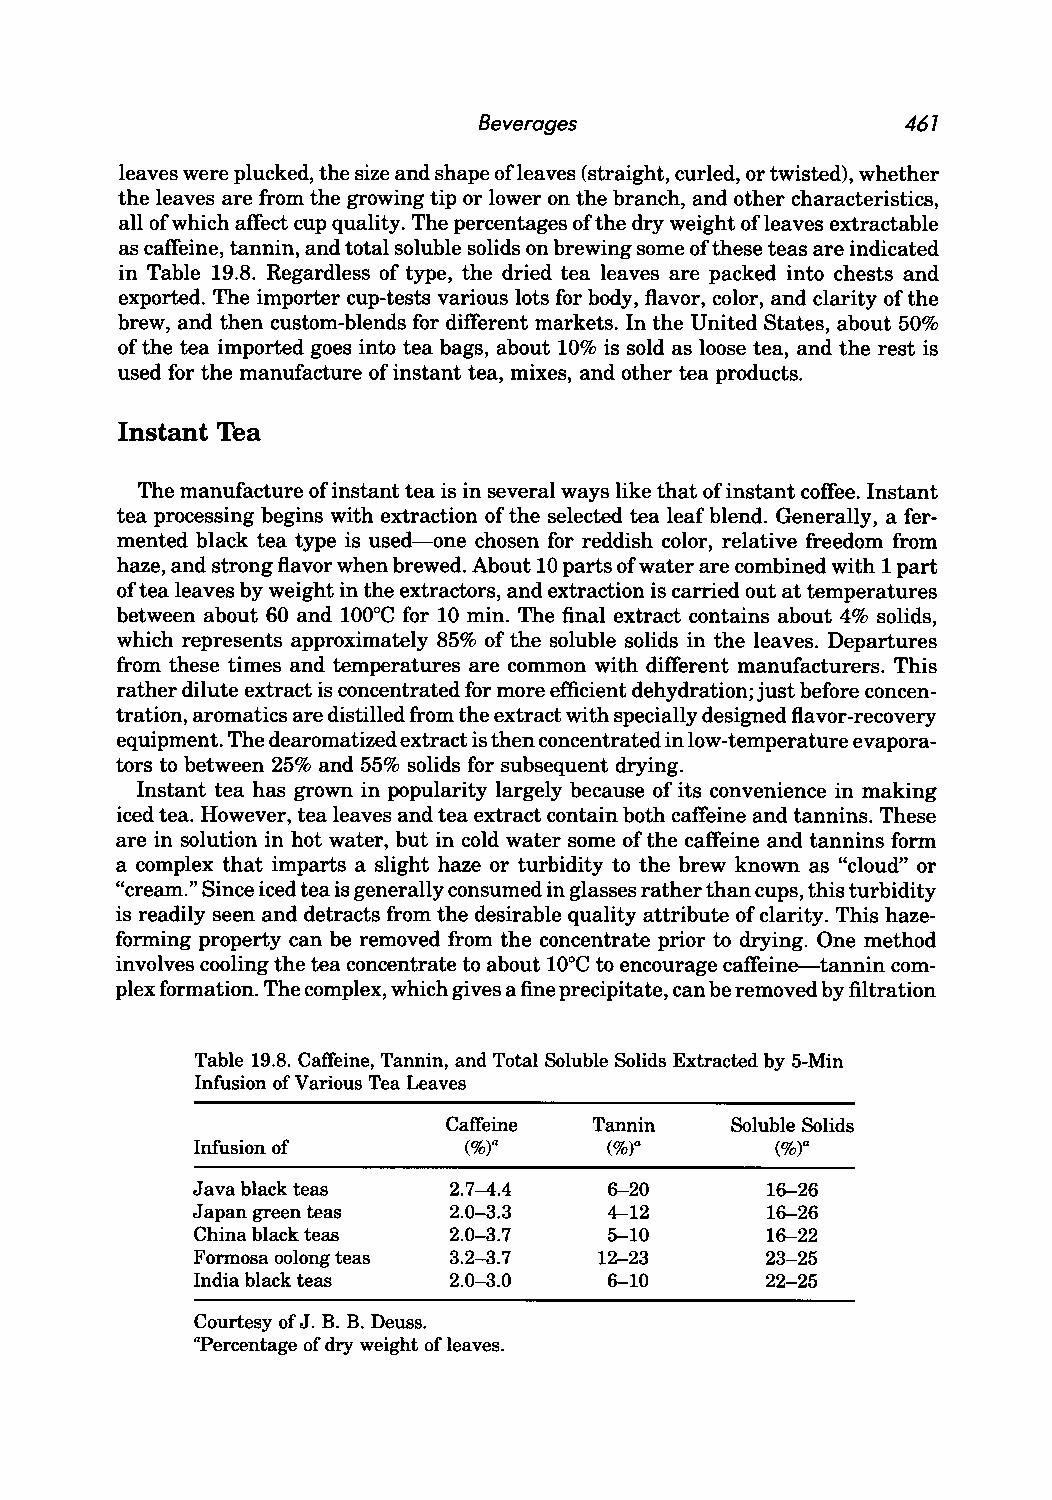
Beverages                   467
 leaves were plucked, the size and shape ofleaves (straight, curled, or twisted), whether
 the leaves are from the growing tip or lower on the branch, and other characteristics,
 all of which affect cup quality. The percentages of the dry weight of leaves extractable
 as caffeine, tannin, and total soluble solids on brewing some of these teas are indicated
 in Table 19.8. Regardless of type, the dried tea leaves are packed into chests and
 exported. The importer cup-tests various lots for body, flavor, color, and clarity of the
 brew, and then custom-blends for different markets. In the United States, about 50%
 of the tea imported goes into tea bags, about 10% is sold as loose tea, and the rest is
 used for the manufacture of instant tea, mixes, and other tea products.
 Instant Tea
 The manufacture of instant tea is in several ways like that of instant coffee. Instant
 tea processing begins with extraction of the selected tea leaf blend. Generally, a fer
 mented black tea type is used-one chosen for reddish color, relative freedom from
 haze, and strong flavor when brewed. About 10 parts of water are combined with 1 part
 of tea leaves by weight in the extractors, and extraction is carried out at temperatures
 between about 60 and 1000e for 10 min. The final extract contains about 4% solids,
 which represents approximately 85% of the soluble solids in the leaves. Departures
 from these times and temperatures are common with different manufacturers. This
 rather dilute extract is concentrated for more efficient dehydration; just before concen
 tration, aromatics are distilled from the extract with specially designed flavor-recovery
 equipment. The dearomatized extract is then concentrated in low-temperature evapora
 tors to between 25% and 55% solids for subsequent drying.
 Instant tea has grown in popularity largely because of its convenience in making
 iced tea. However, tea leaves and tea extract contain both caffeine and tannins. These
 are in solution in hot water, but in cold water some of the caffeine and tannins form
 a complex that imparts a slight haze or turbidity to the brew known as "cloud" or
 "cream." Since iced tea is generally consumed in glasses rather than cups, this turbidity
 is readily seen and detracts from the desirable quality attribute of clarity. This haze
 forming property can be removed from the concentrate prior to drying. One method
 involves cooling the tea concentrate to about lODe to encourage caffeine-tannin com
 plex formation. The complex, which gives a fine precipitate, can be removed by filtration
 Table 19.8. Caffeine, Tannin, and Total Soluble Solids Extracted by 5-Min
 Infusion of Various Tea Leaves
 Caffeine Tannin   Soluble Solids
 Infusion of       (%t      (%t        (%)a
 Java black teas  2.7-4.4   6--20      16--26
 Japan green teas 2.0-3.3   4-12       16--26
 China black teas 2.0-3.7   5-10       16--22
 Formosa oolong teas 3.2-3.7 12-23     23-25
 India black teas 2.0-3.0   6--10      22-25
 Courtesy of J. B. B. Deuss.
 apercentage of dry weight of leaves.